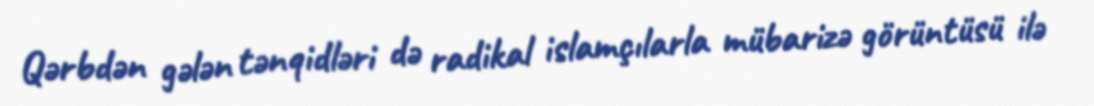
Qərbdən gələn tənqidləri də radikal islamçılarla mübarizə görüntüsü ilə